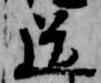
道